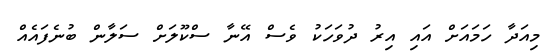
މިއަދާ ހަމައަށް އައި އިރު ދުވަހަކު ވެސް އޭނާ ސްކޫލަށް ސަލާން ބުނެފައެއް